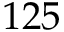
1 2 5